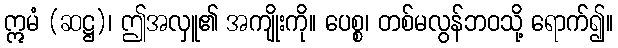
ဣမံ (ဆဋ္ဌ)၊ ဤအလှူ၏ အကျိုးကို။ ပေစ္စ၊ တစ်မလွန်ဘဝသို့ ရောက်၍။